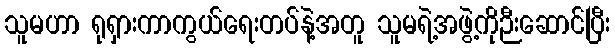
သူမဟာ ရုရှားကာကွယ်ရေးတပ်နဲ့အတူ သူမရဲ့အဖွဲ့ကိုဉီးဆောင်ပြီး